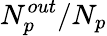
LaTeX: N_{p}^{out}/N_{p}